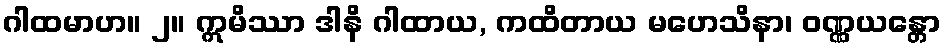
ဂါထမာဟ။ ၂။ ဣမိဿာ ဒါနိ ဂါထာယ, ကထိတာယ မဟေသိနာ၊ ဝဏ္ဏယန္တော